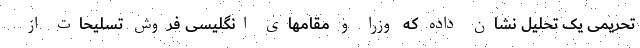
تحریمی یک تحلیل نشان داده که وزرا و مقامهای انگلیسی فروش تسلیحات از